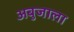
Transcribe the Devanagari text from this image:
अबुजाला